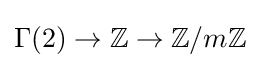
\Gamma (2)\to \mathbb {Z} \to \mathbb {Z} /m\mathbb {Z}